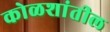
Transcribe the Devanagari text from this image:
कोळशांतील